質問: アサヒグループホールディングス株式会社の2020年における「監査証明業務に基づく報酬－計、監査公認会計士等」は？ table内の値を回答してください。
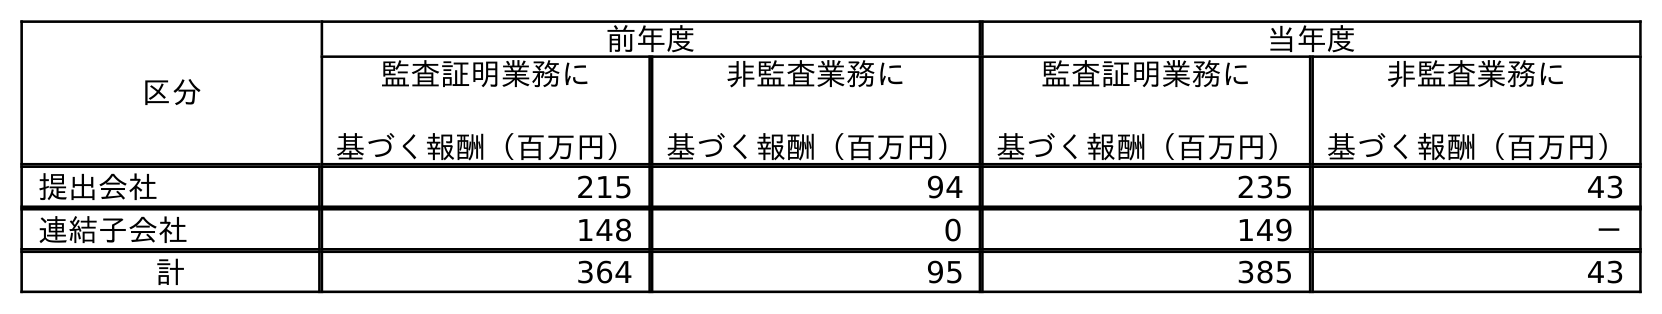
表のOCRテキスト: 区分 前年度 当年度 監査証明業務に 基づく報酬（百万円） 非監査業務に 基づく報酬（百万円） 監査証明業務に 基づく報酬（百万円） 非監査業務に 基づく報酬（百万円） 提出会社 215 94 235 43 連結子会社 148 0 149 － 計 364 95 385 43
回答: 385